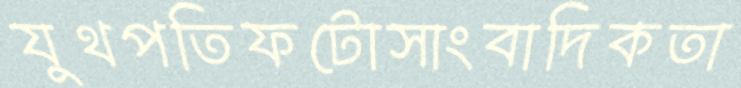
যুথপতিফটোসাংবাদিকতা